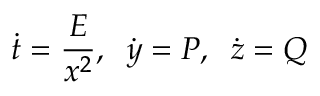
{ \dot { t } } = { \frac { E } { x ^ { 2 } } } , \; \; { \dot { y } } = P , \; \; { \dot { z } } = Q